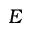
E